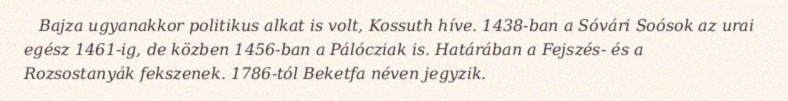
Bajza ugyanakkor politikus alkat is volt, Kossuth híve. 1438-ban a Sóvári Soósok az urai egész 1461-ig, de közben 1456-ban a Pálócziak is. Határában a Fejszés- és a Rozsostanyák fekszenek. 1786-tól Beketfa néven jegyzik.